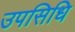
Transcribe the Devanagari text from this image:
उपसिधि